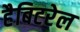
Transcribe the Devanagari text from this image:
हैबिटरेल